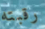
رقبته